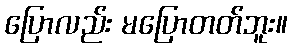
ပြောလည်း မပြောတတ်ဘူး။